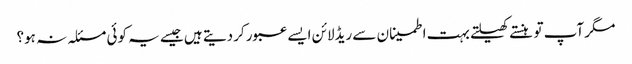
مگر آپ تو ہنستے کھیلتے بہت اطمینان سے ریڈلائن ایسے عبور کردیتے ہیں جیسے یہ کوئی مسئلہ نہ ہو؟